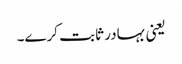
یعنی بہادر ثابت کرے۔